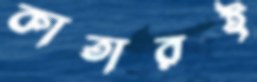
কাতারই